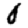
Digit: 0